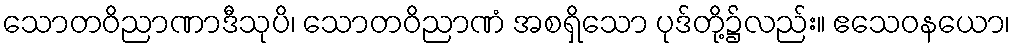
သောတဝိညာဏာဒီသုပိ၊ သောတဝိညာဏံ အစရှိသော ပုဒ်တို့၌လည်း။ ဧသေဝနယော၊